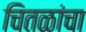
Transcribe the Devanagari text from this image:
चितळांचा